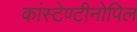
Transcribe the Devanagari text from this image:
कांस्टेण्टीनोपिल